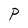
Character: P